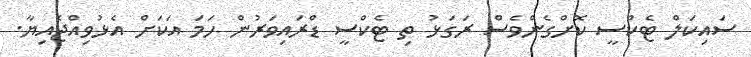
ސައިކަލް ޓެކްސީ ކޮށްގެންވެސް ރަގަޅު ތި ޓެކްސީ ޑްރައިވަރުން ހަމަ އަކަށް އެޅުވިއްޖެއިޔާ.